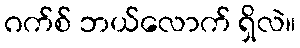
ဂက်စ် ဘယ်လောက် ရှိလဲ။